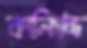
কালিগচ্ছ